Vaccination in the Punjab 1883-1896 - 1883-1896
Year: 1883
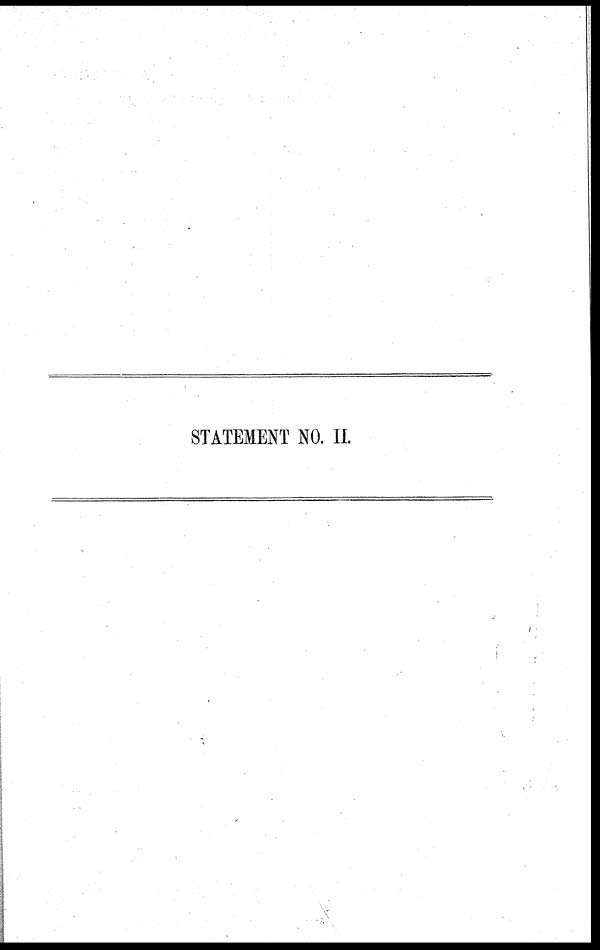
STATEMENT NO. II.